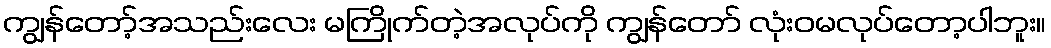
ကျွန်တော့်အသည်းလေး မကြိုက်တဲ့အလုပ်ကို ကျွန်တော် လုံးဝမလုပ်တော့ပါဘူး။